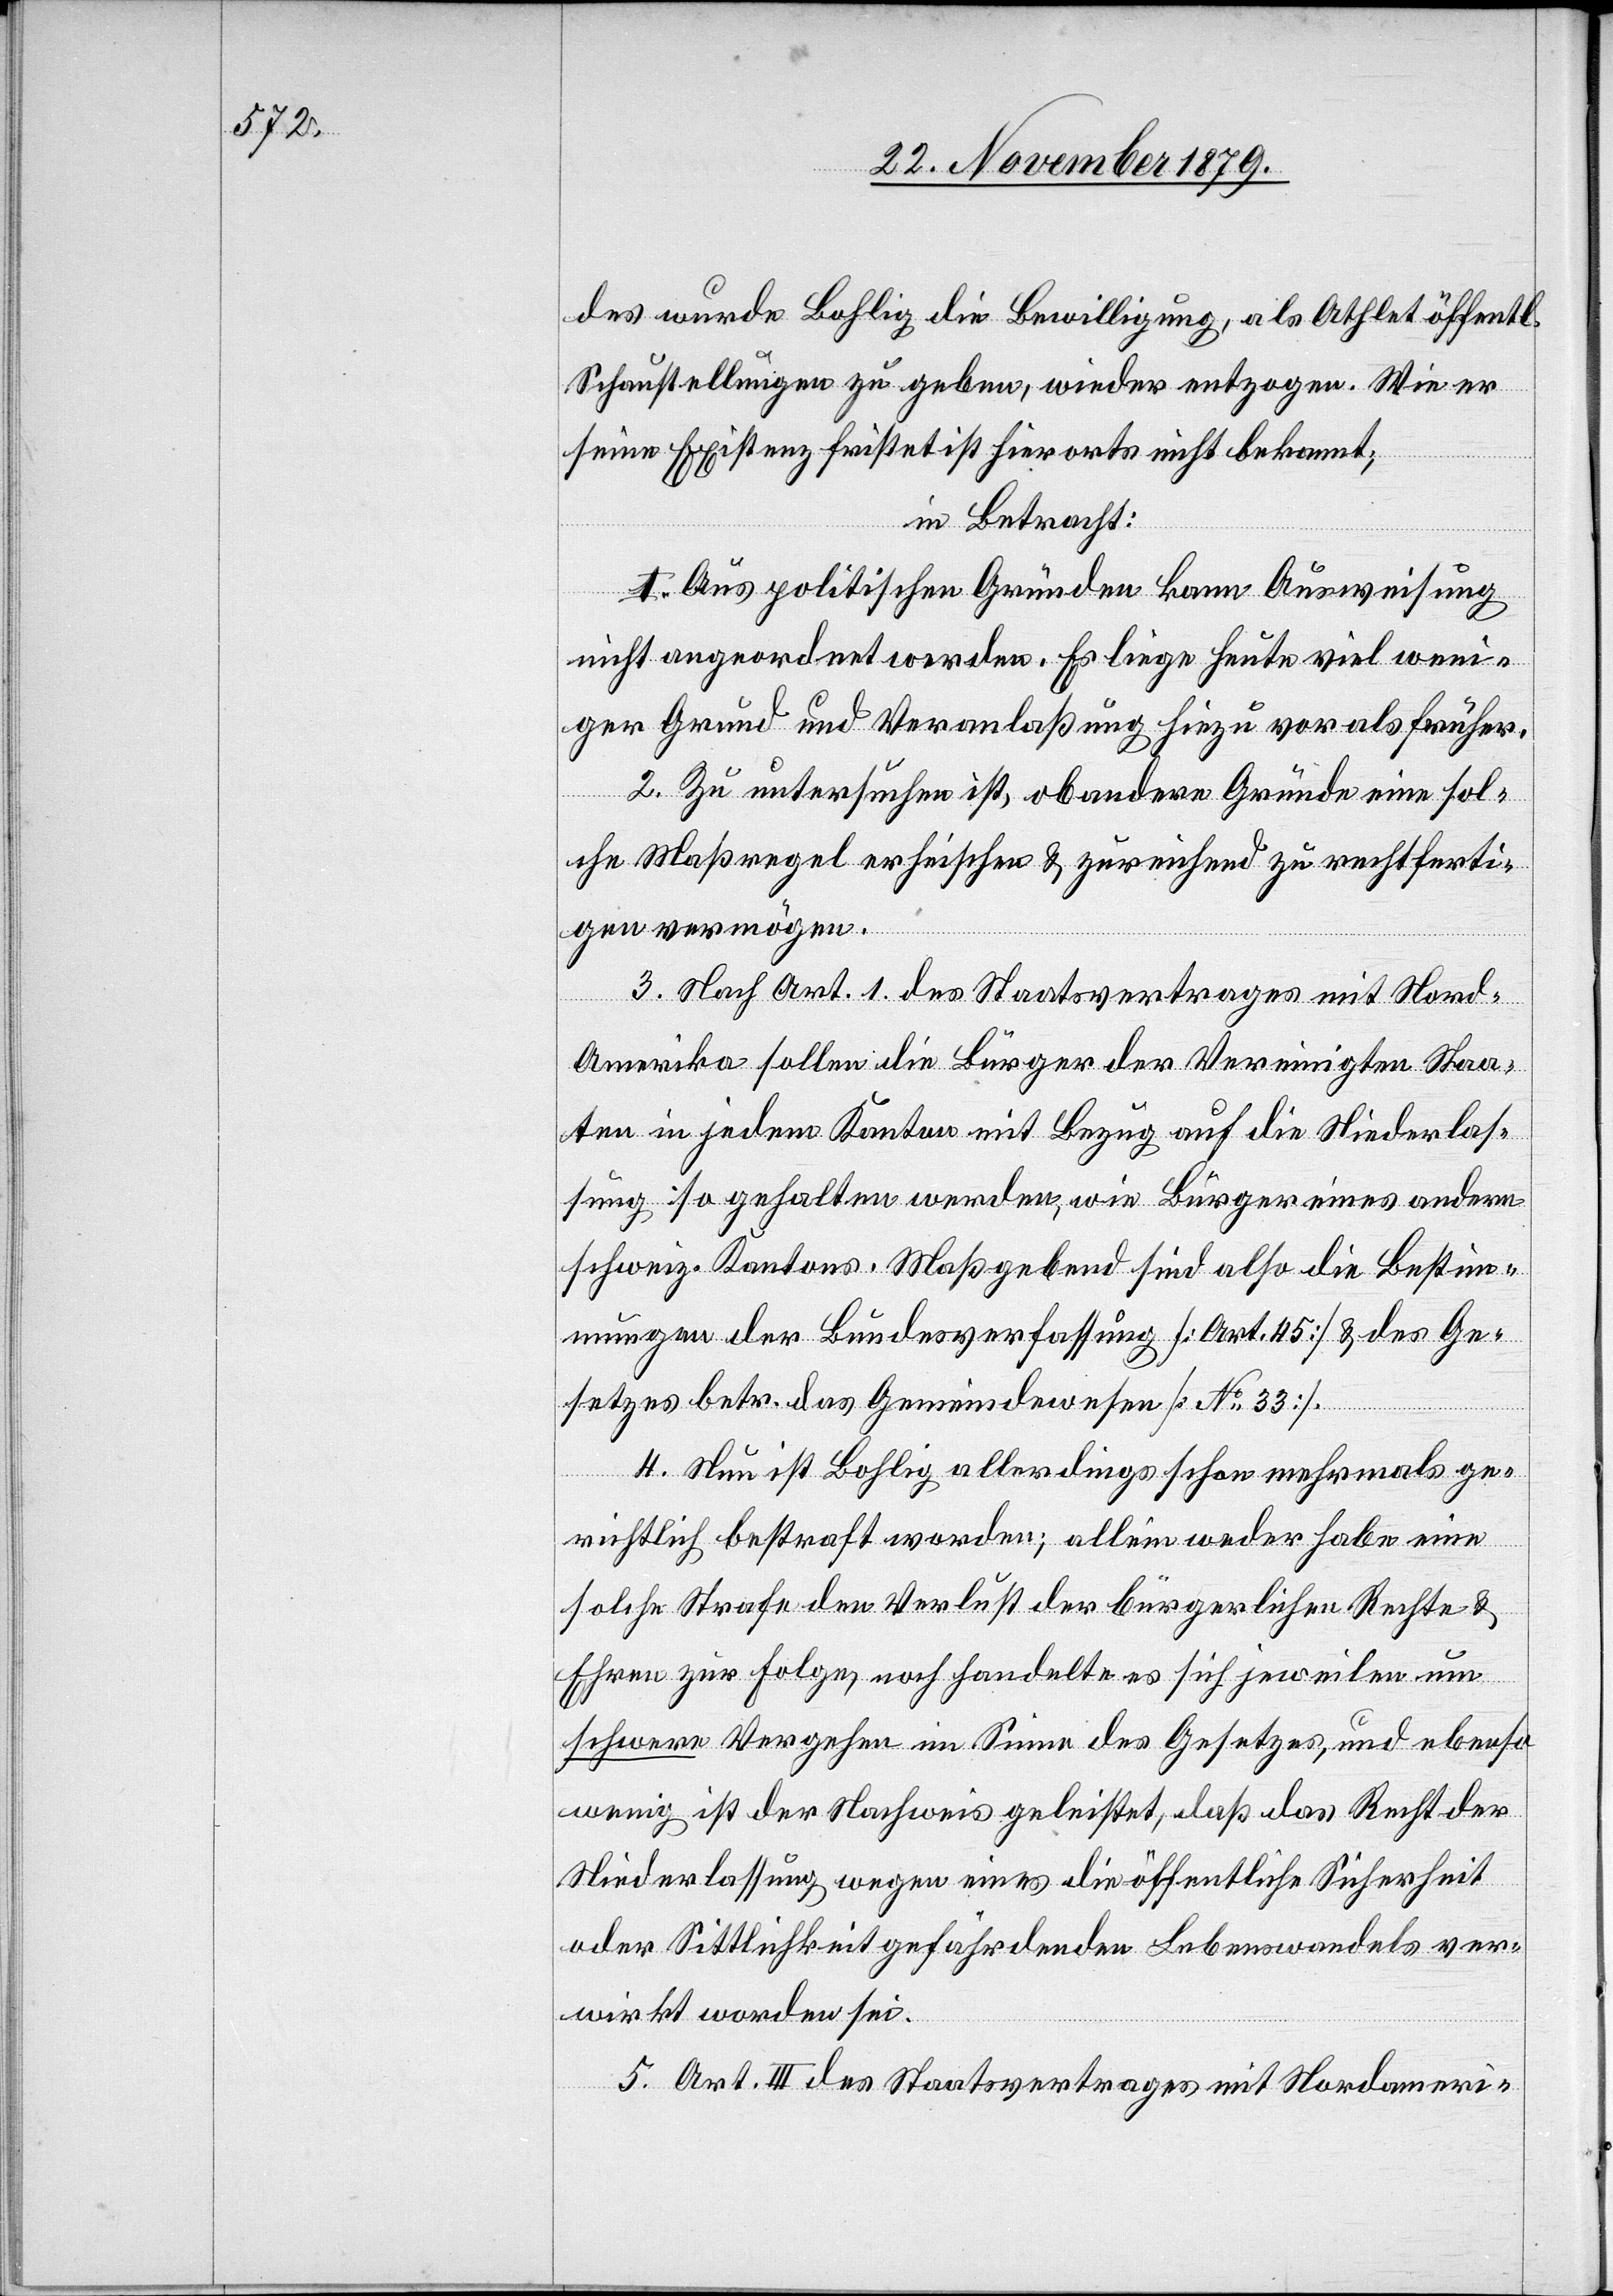
des wurde Bohlig die Bewilligung, als Athlet öffentl.
Schaustellungen zu geben, wieder entzogen. Wie er
seine Existenz fristet ist hierorts nicht bekannt.
in Betracht:
1. Aus politischen Gründen kann Ausweisung
weniger Grund und Veranlaßung hiezu vor als früher.
2. Zu untersuchen ist, ob andere Gründe eine sol¬
che Maßregel erheischen & zureichend zu rechtferti¬
gen vermögen.
3. Nach Art. 1 des Staatsvertrages mit Nord-A¬
merika sollen die Bürger der Vereinigten Staa¬
ten in jedem Kanton mit Bezug auf die Niederlas¬
sung so gehalten werden, wie Bürger eines andern
schweiz. Kantons. Maßgebend sind also die Bestim¬
mungen der Bundesverfassung [Art. 15] & des Ge¬
setzes betr. das Gemeindewesen [No 33].
4. Nun ist Bohlig allerdings schon mehrmals ge¬
richtlich bestraft worden; allein weder habe eine
solche Strafe den Verlust der bürgerlichen Rechte &
Ehren zur Folge, noch handelte es sich jeweilen um
schwere Vergehen im Sinne des Gesetzes, und ebenso
wenig ist der Nachweis geleistet, daß das Recht der
Niederlassung wegen eines die öffentliche Sicherheit
oder Sittlichkeit gefährdenden Lebenswandels ver¬
wirkt worden sei.
5. Art. III des Staatsvertrages mit Nordameri-